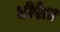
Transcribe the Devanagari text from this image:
टोरेज़